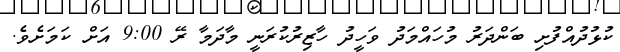
ކުޅުދުއްފުށި ބަންދަރު މުހައްމަދު ވަހީދު ހާޒިރުކުރަނީ މާދަމާ ރޭ 9:00 އަށް ކަމަށެވެ.